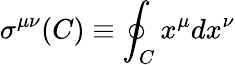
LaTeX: \sigma^{\mu\nu}(C)\equiv\oint_{C}x^{\mu}dx^{\nu}